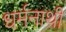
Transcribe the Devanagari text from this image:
धर्मनाथी